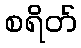
စရိတ်